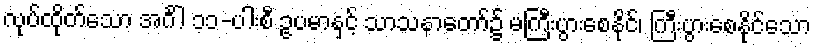
လုပ်ထိုက်သော အင်္ဂါ ၁၁-ပါးစီ ဥပမာနှင့် သာသနာတော်၌ မကြီးပွားစေနိုင်၊ ကြီးပွားစေနိုင်သော